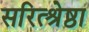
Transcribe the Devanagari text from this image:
सरित्श्रेष्ठा